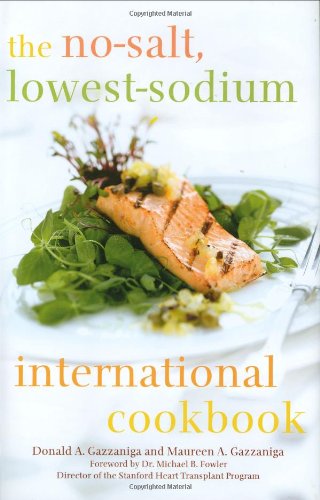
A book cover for The No-Salt, Lowest-Sodium International Cookbook; Donald A. Gazzaniga; Cookbooks, Food & Wine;